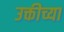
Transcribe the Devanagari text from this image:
उक्तीच्या